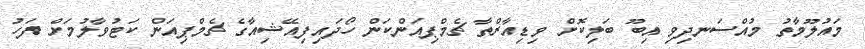
މައުލޫމާތު މުއްސަނދިވި އިބޫ ބަލިކޮށް ވިޑިއާރްތާ ޗެމްޕިއަންކަން ހޯދައިފިއޭޝިއާގެ ޗެމްޕިއަން ކަޓުވާލުމަށް ފަހު